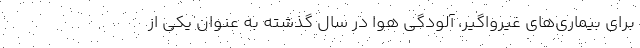
برای بیماری‌های غیرواگیر، آلودگی هوا در سال گذشته به عنوان یکی از